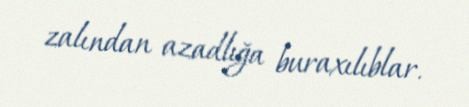
zalından azadlığa buraxılıblar.